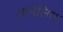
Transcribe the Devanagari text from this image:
आमेलित